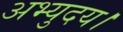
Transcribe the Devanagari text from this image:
अभ्युदय।